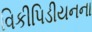
વિકીપિડીયનના